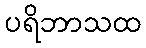
ပရိဘာသထ